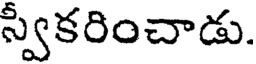
స్వీకరించాడు.